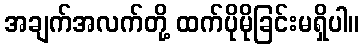
အချက်အလက်တို့ ထက်ပိုမိုခြင်းမရှိပါ။